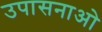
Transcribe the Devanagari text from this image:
उपासनाओ